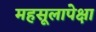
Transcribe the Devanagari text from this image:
महसूलापेक्षा